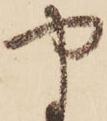
や